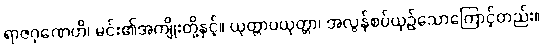
ရာဇဂုဏေဟိ၊ မင်း၏အကျိုးတို့နှင့်။ ယုတ္တာပယုတ္တာ၊ အလွန်စပ်ယှဉ်သောကြောင့်တည်း။